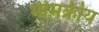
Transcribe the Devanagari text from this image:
भीमक्रीय